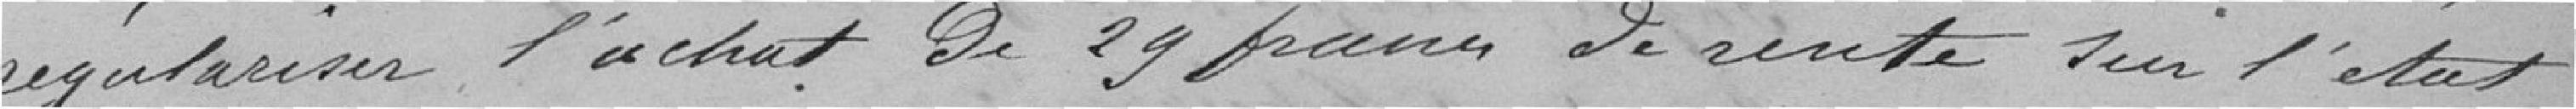
régulariser l'achat de 29 parts de rente sur l'état